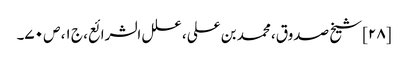
[۲۸] شیخ صدوق، محمد بن علی، علل الشرائع، ج ۱، ص ۷۰۔